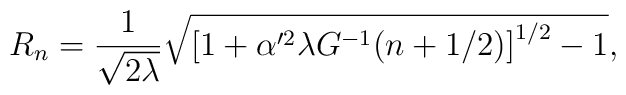
R_n=\frac{1}{\sqrt{2\lambda}}\sqrt{\left[1+\alpha'^2\lambda G^{-1}(n+1/2)\right]^{1/2}-1},